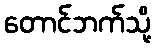
တောင်ဘက်သို့